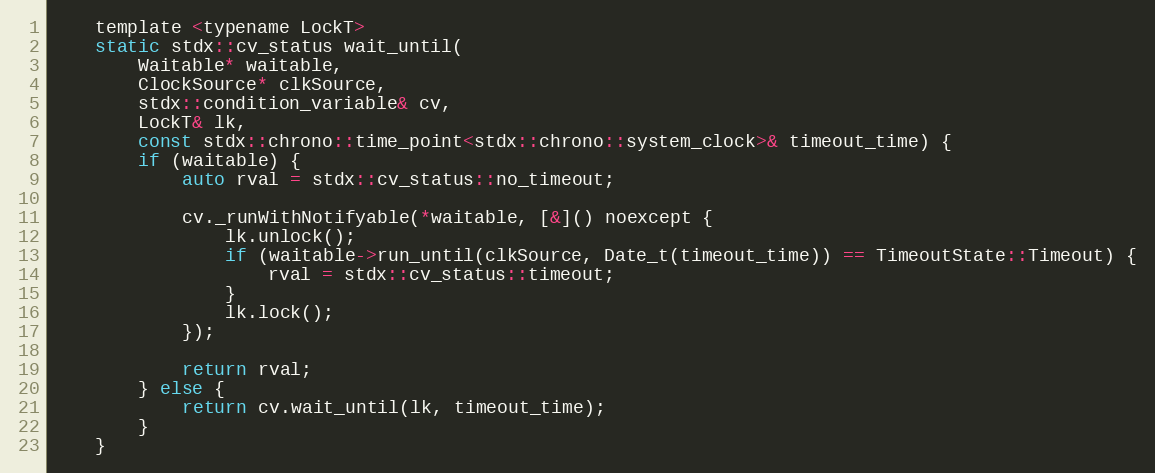
Language: C
    template <typename LockT>
    static stdx::cv_status wait_until(
        Waitable* waitable,
        ClockSource* clkSource,
        stdx::condition_variable& cv,
        LockT& lk,
        const stdx::chrono::time_point<stdx::chrono::system_clock>& timeout_time) {
        if (waitable) {
            auto rval = stdx::cv_status::no_timeout;

            cv._runWithNotifyable(*waitable, [&]() noexcept {
                lk.unlock();
                if (waitable->run_until(clkSource, Date_t(timeout_time)) == TimeoutState::Timeout) {
                    rval = stdx::cv_status::timeout;
                }
                lk.lock();
            });

            return rval;
        } else {
            return cv.wait_until(lk, timeout_time);
        }
    }